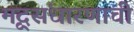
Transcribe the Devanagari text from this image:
मृद्संधारणाची